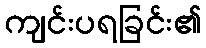
ကျင်းပရခြင်း၏